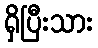
ရှိပြီးသား